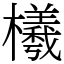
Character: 㰕